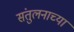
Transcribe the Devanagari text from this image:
संतुलनाच्या